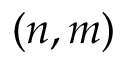
( n , m )